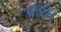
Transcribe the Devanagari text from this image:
बाँटी।